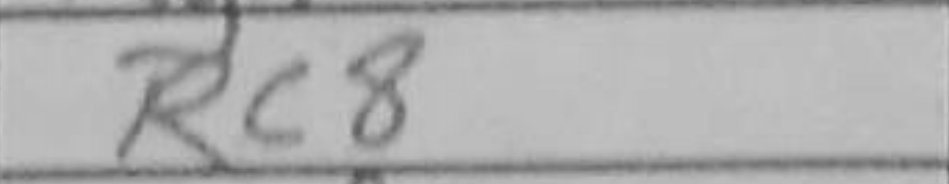
Transcription: Rc8